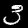
Digit: 3